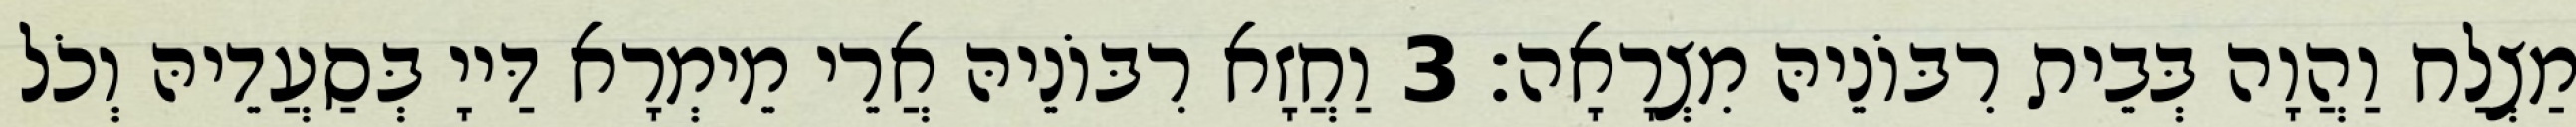
מַצְלַח וַהֲוָה בְּבֵית רִבּוֹנֵיהּ מִצְרָאָה׃ 3 וַחֲזָא רִבּוֹנֵיהּ אֲרֵי מֵימְרָא דַּייָ בְּסַעֲדֵיהּ וְכֹל